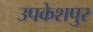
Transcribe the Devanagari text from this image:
उपकेशपुर